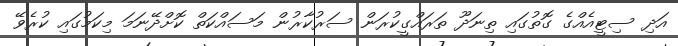
އަދި ސިޓީއެއްގެ ގޮތުގައި ތިނަދޫ ތަަރައްގީކުރަން ސަރުކާރުން މަސައްކަތް ކޮށްދޭނަމަ މިކަމުގައި ކުރެވޭ